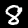
Digit: 8